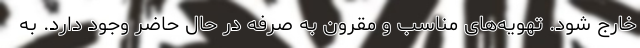
خارج شود. تهویه‌های مناسب و مقرون به صرفه در حال حاضر وجود دارد. به